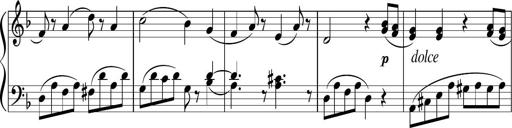
Title: 3 Sonatinen
Composer: Heinrich Lichner